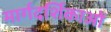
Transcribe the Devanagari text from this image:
मार्गदर्शिकाओं